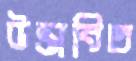
উদ্ভাবিত